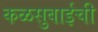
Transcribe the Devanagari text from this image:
कळसुबाईची